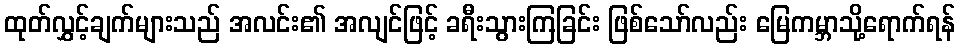
ထုတ်လွှင့်ချက်များသည် အလင်း၏ အလျင်ဖြင့် ခရီးသွားကြခြင်း ဖြစ်သော်လည်း မြေကမ္ဘာသို့ရောက်ရန်